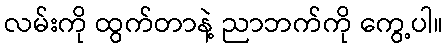
လမ်းကို ထွက်တာနဲ့ ညာဘက်ကို ကွေ့ပါ။